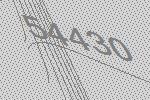
54430